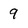
Character: 9